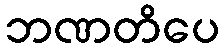
ဘဏတိပေ